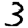
Digit: 3